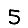
Digit: 5